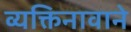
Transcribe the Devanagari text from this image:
व्यक्तिनावाने